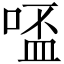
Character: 𠸟